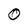
Character: O